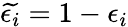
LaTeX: \widetilde{\epsilon_{i}}=1-\epsilon_{i}